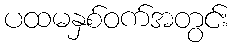
ပထမနှစ်ဝက်အတွင်း